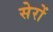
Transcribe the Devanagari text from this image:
सेरों